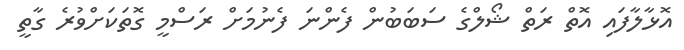
އޮޅާލާފައި އޮތް ރަތް ޝޯލްގެ ސަބަބުން ފެންނަ ފެނުމަށް ރަސްމީ ގޮތަކަށްވުރެ ގާތީ